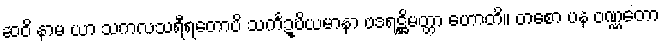
ဆဝိ နာမ ယာ သကလသရီရတောပိ သင်္ကဍ္ဎိယမာနာ ဗဒရဋ္ဌိမတ္တာ ဟောတိ။ တစော ပန ဝဏ္ဏတော